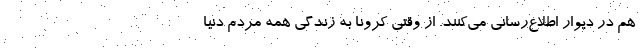
هم در دیوار اطلاع‌رسانی می‌کنند. از وقتی کرونا به زندگی همه مردم دنیا